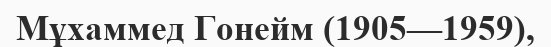
Мұхаммед Гонейм (1905—1959),